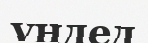
үндед